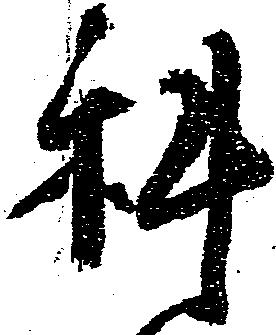
科